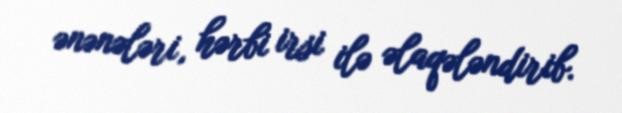
ənənələri, hərbi irsi ilə əlaqələndirib.